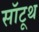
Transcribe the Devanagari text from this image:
सॉटूथ